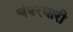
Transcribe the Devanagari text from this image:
चंवरधारी